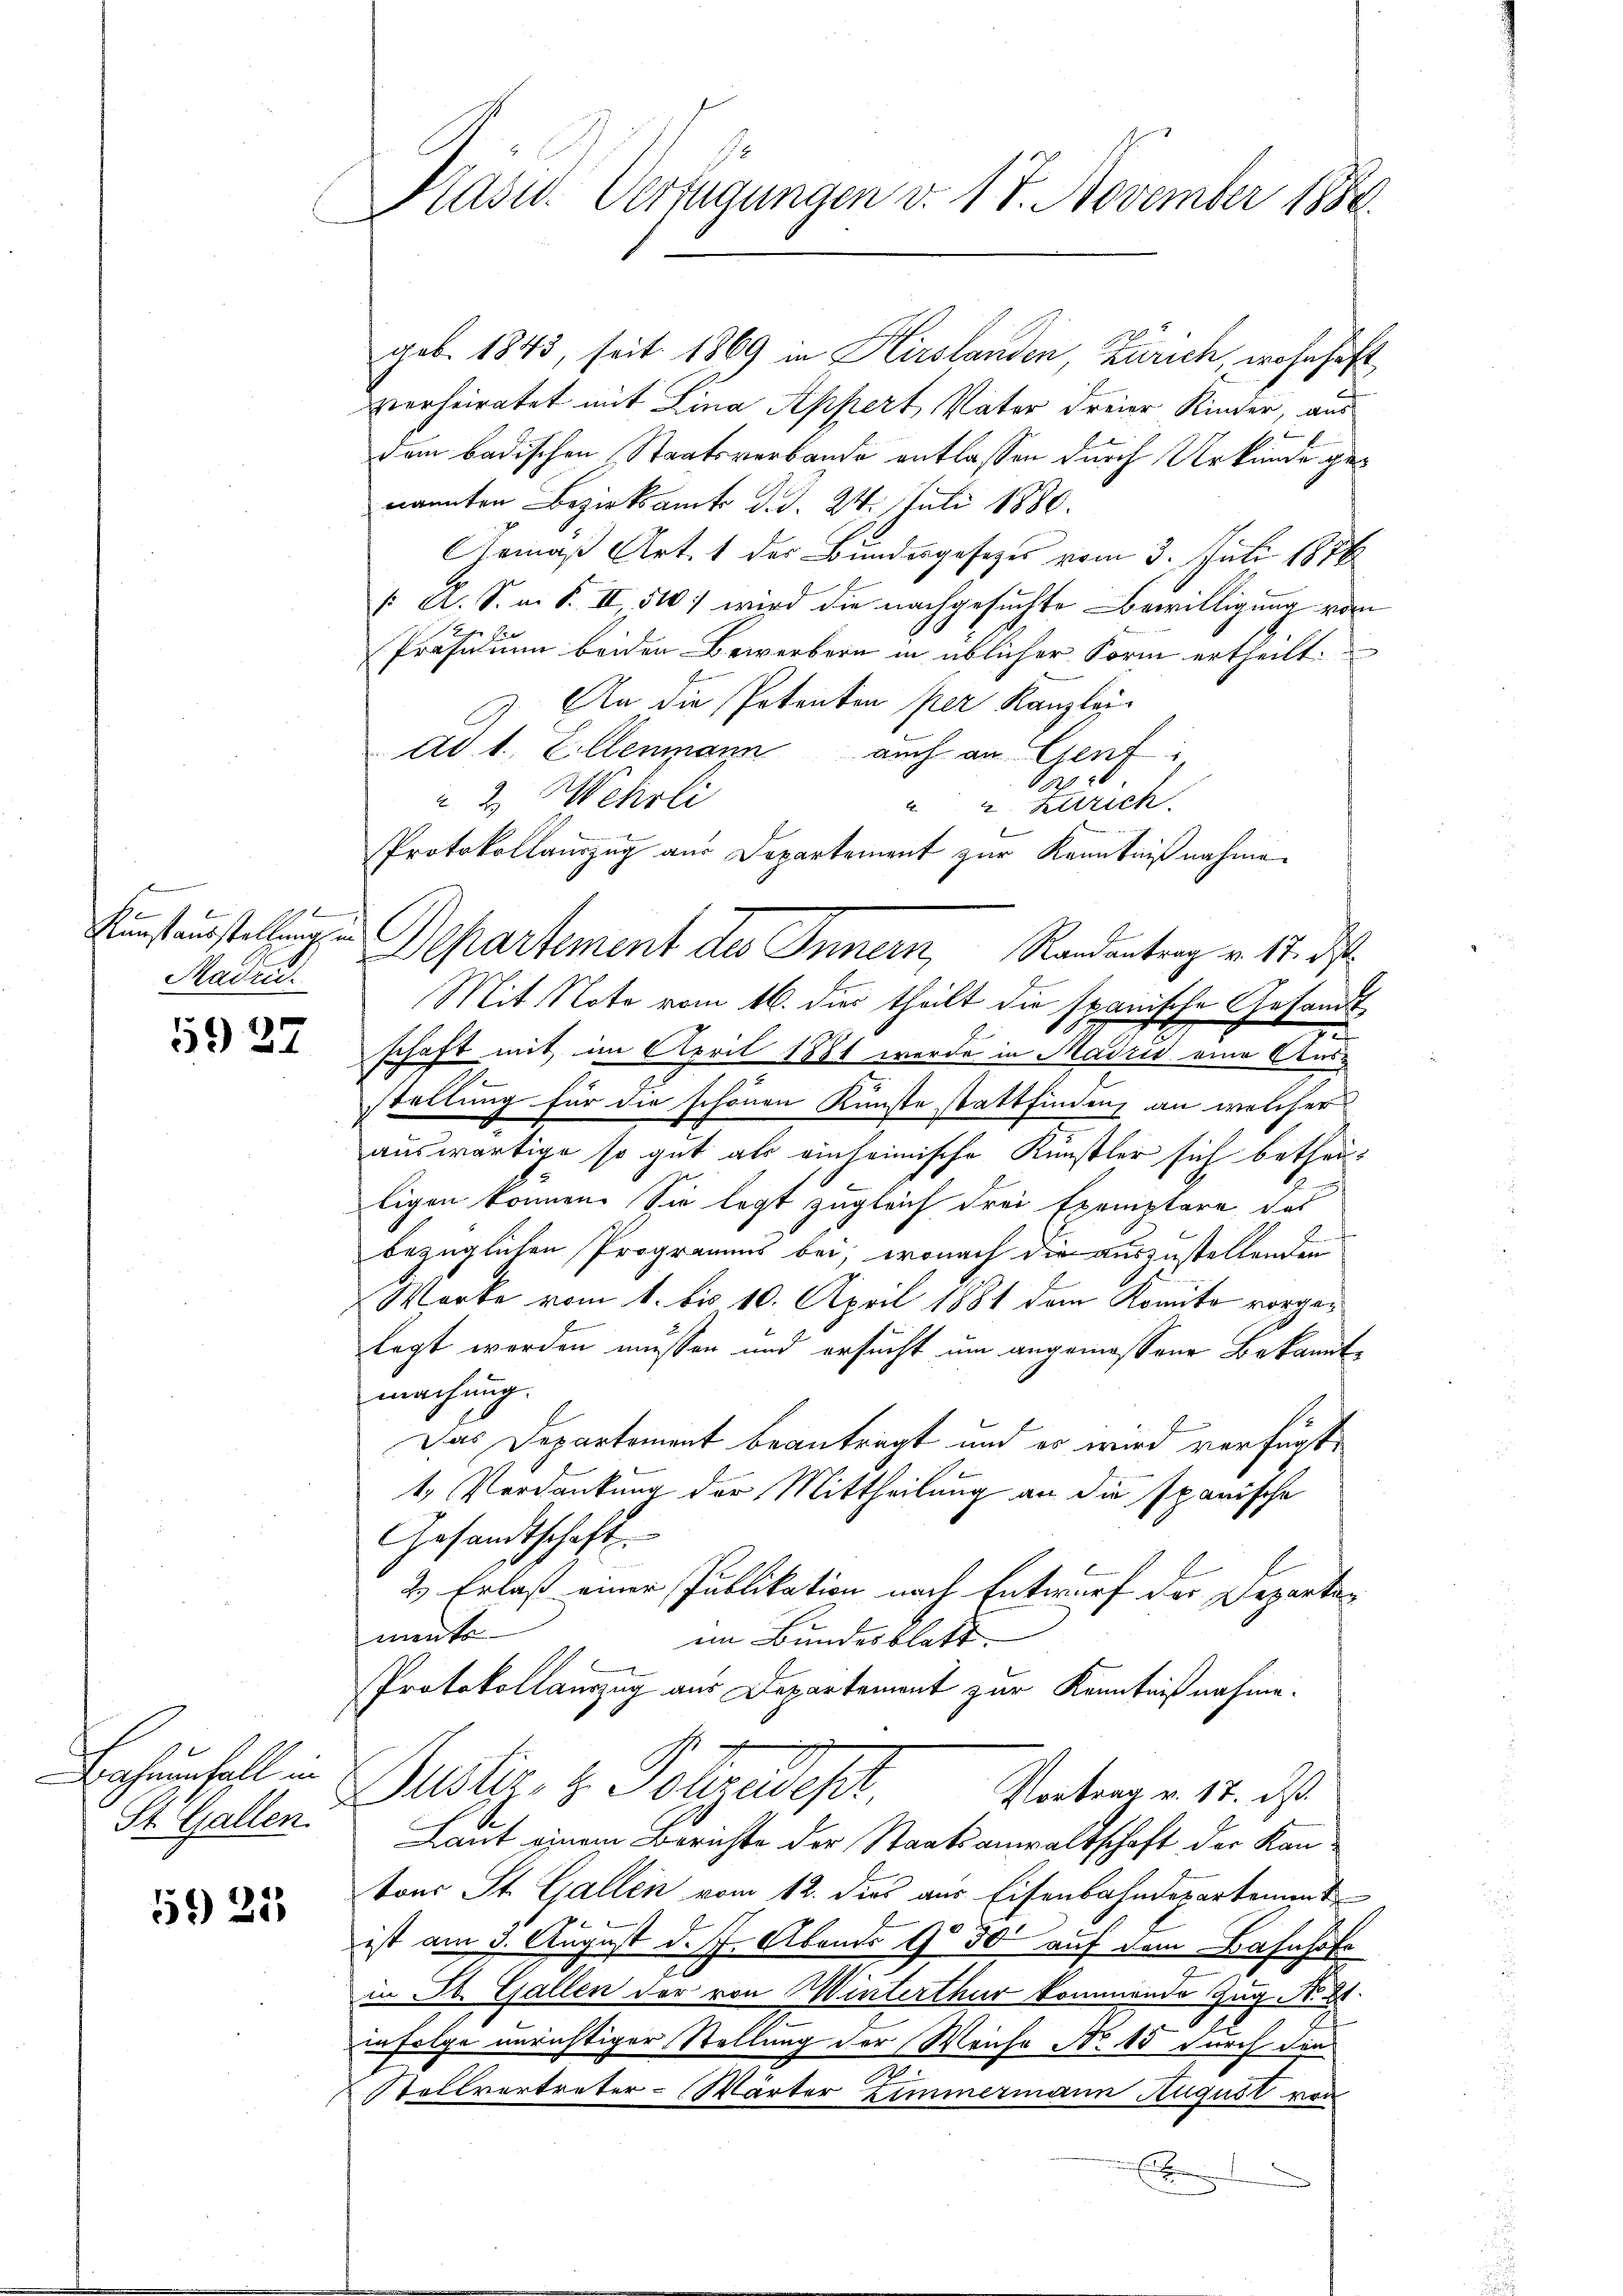
9
s
Kunstausstellung in
Maden.

59 27

Bohrenfall in
St. Gallen.

59) 25

G

Präsid. Verfügungen v. 17. November 1884.

geb. 1843, seit 1869 in Hirslanden, Zürich, wohnhaft,
vierheiratet mit Lina Appert Vater dreier Kinder, aus
dem badischen Staatsverbande entlassen durch Urkunde genannten Bezirksamts d.d. 24. Juli 1880.
Gemäß Art. 1 des Bundesgesetzes vom 3. Juli 1878
 A. S. m. S. II, 510) wird die nachgesuchte Bewilligung vom
Präsidium beiden Bewerbern in üblicher Form ertheilt.
An die Potenten per Kanzlei-
ad 1., Zillenmann auch an Genf
2
u 2. Wehrli
u 2. Zürich.
2
Protokollauszug aus Departement zur Kenntnißnahme
Departement des Inner, Randantrag v. 17. ds.
Mit Note vom 16. dies theilt die spanische Gesandt-
schaft mit im April 1881 werde in Madrid eine Ausstellung für die schönen Kunste stattfinden, an welcher
auswärtige so gut als einheimische Künstler sich betheilt
f
ligen können. Sie legt zugleich drei Exemplare das
bezüglichen Programms bei, wonach die auszustellenden
Worte vom 1. bis 10. April 1881 dem Konto vorgelegt werden müssen und ersucht um angemessene Bekannte
machung.
Das Departement beanträgt und es wird verfügt,
t. Verdankung der Mittheilung an die spanische
Gesandtschaft
2) Erlaß einer Publikation nach Entwurf der Departe
ments
im Bundesblatt
Protokollauszug aus Departement zur Kenntnißnahme.
Justiz- & Poleradest
Vortrag v. 17. ds.
Laut einem Berichte der Staatsanwaltschaft der Kan-
tons St. Gallen vom 12. dies aus Eisenbahndepartement
ist am 3. August d. J. Abends 9 30 auf dem Bahnhofe
in St. Gallen der von Winterthur kommende Zug No. 81.
infolge unrichtiger Stellung der Weiche No 15 durch den
7
|
Stellvertreter-Wärter Zimmermann August von
e